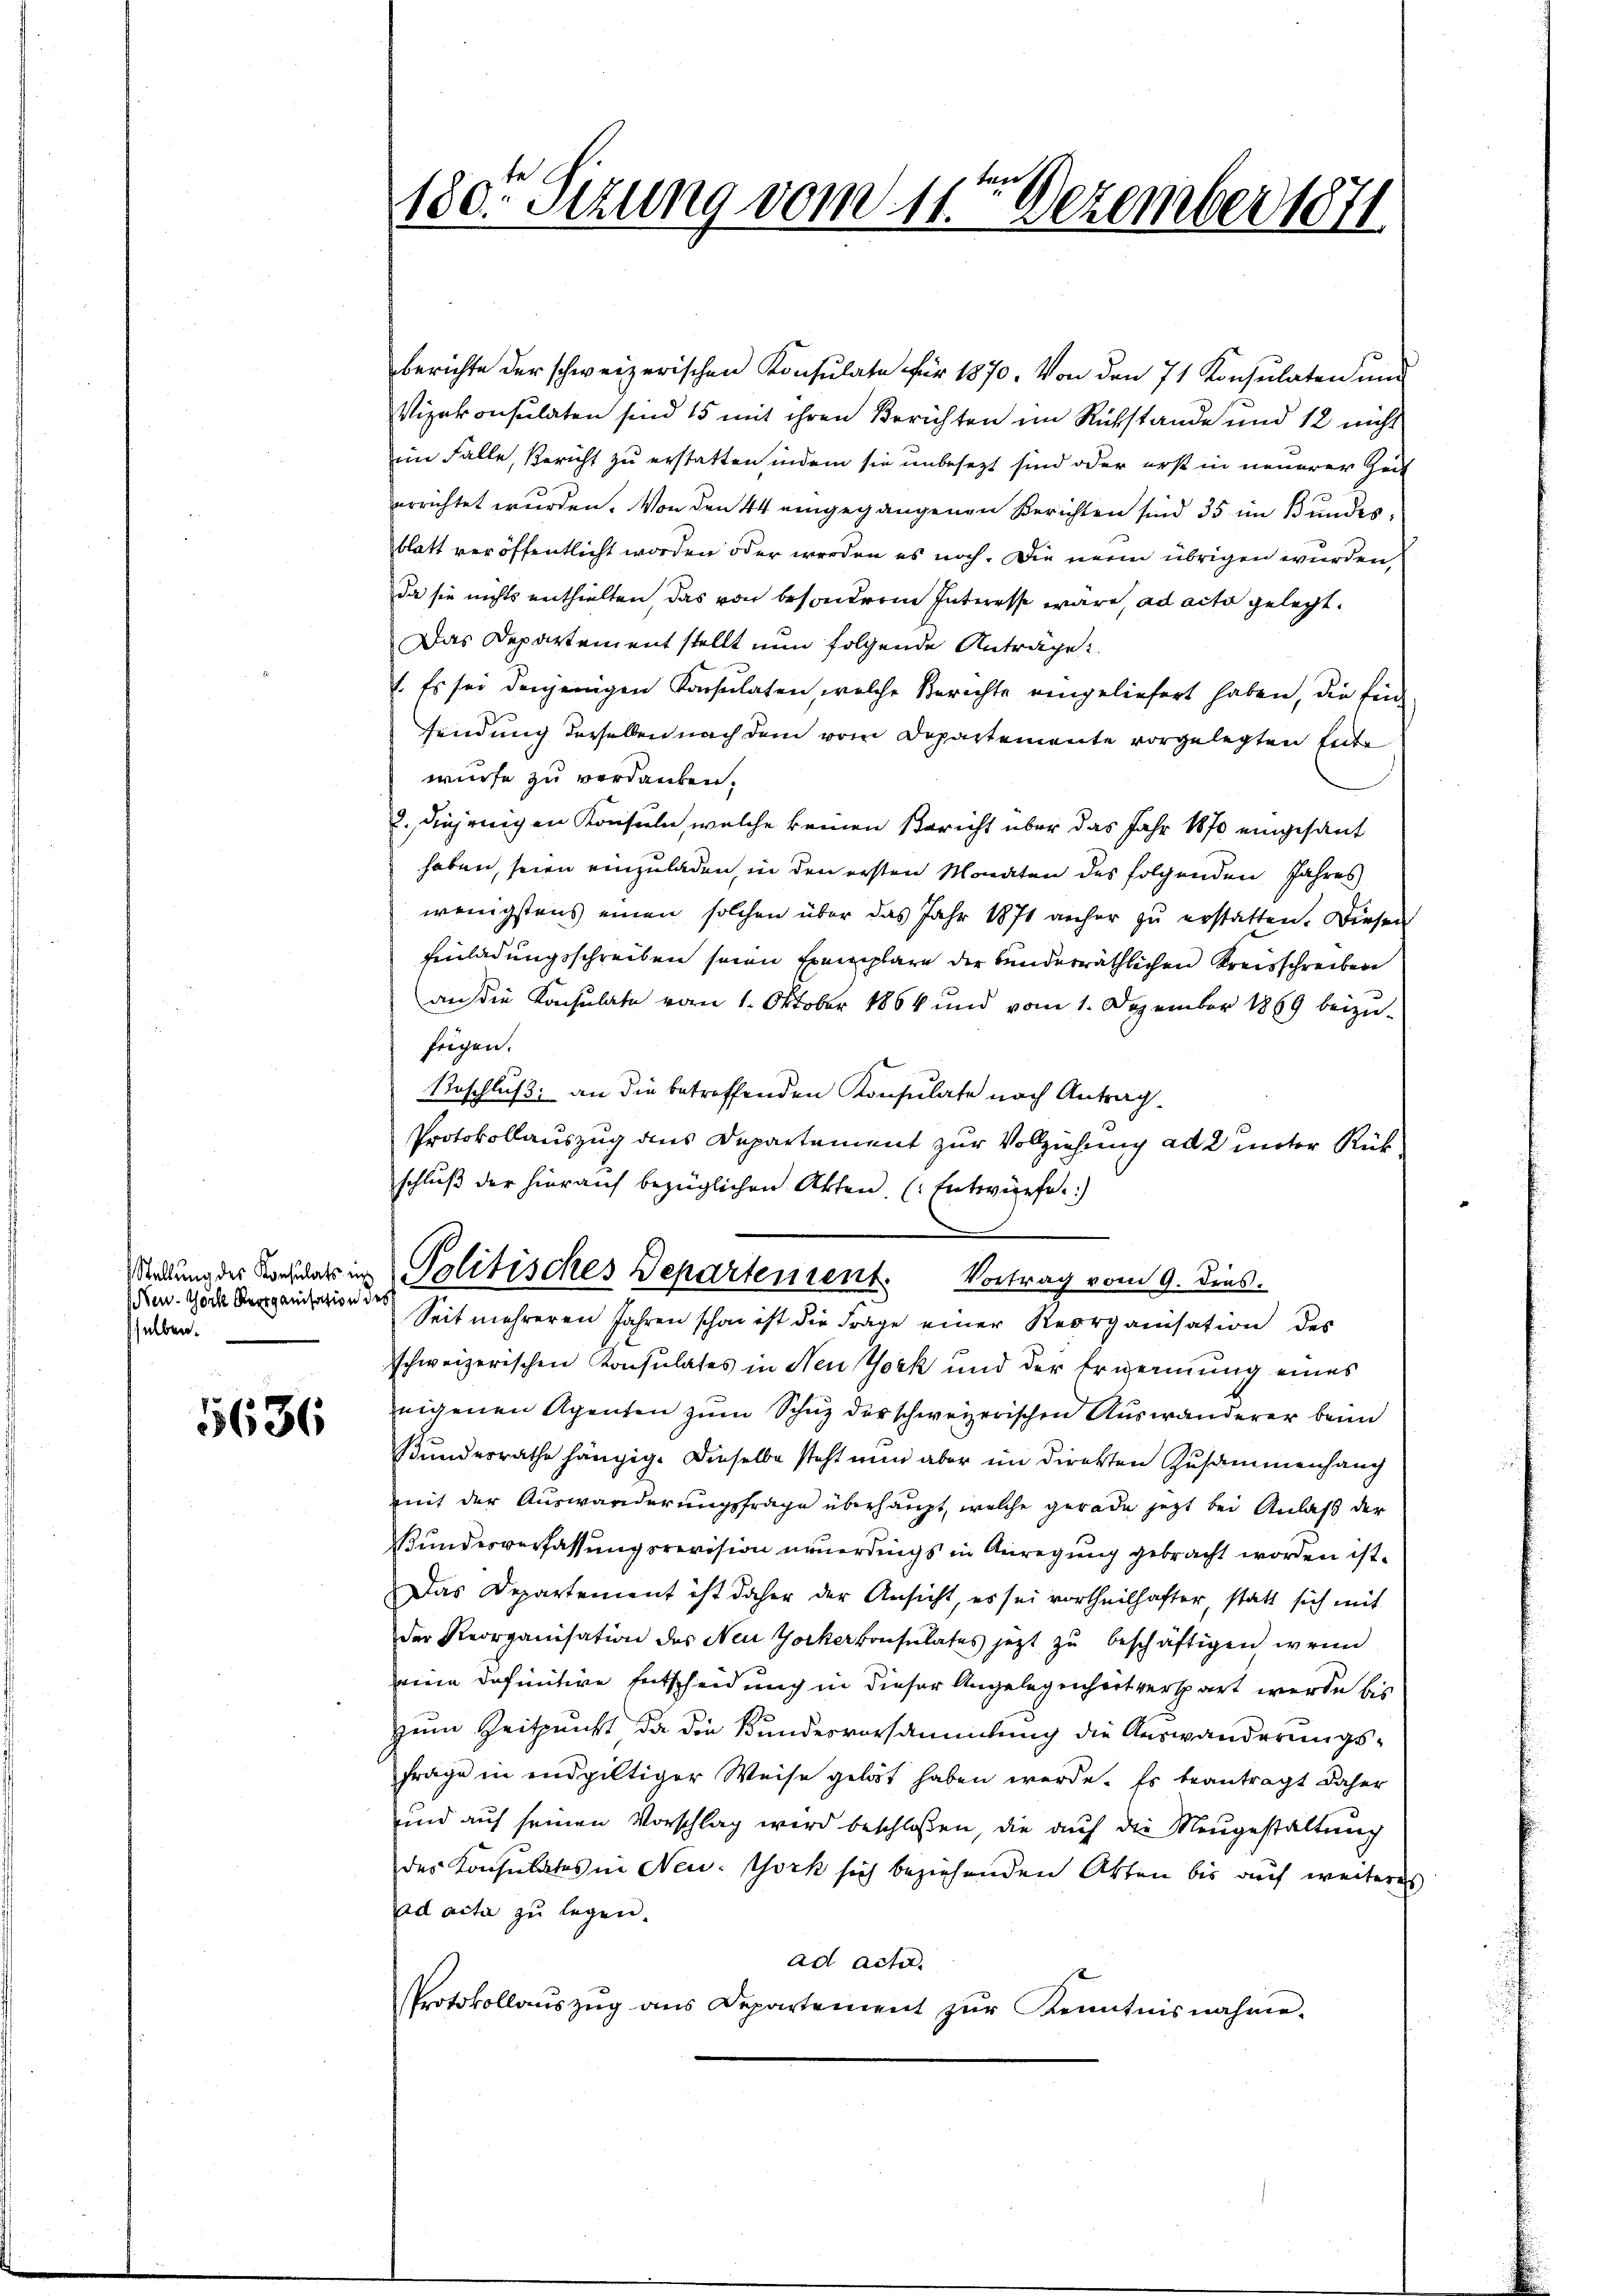
(Neu. Woche Reorganisation des
selben.

5636

180. Sizung vom 11ten Dezember 1871

berichte der schweizerischen Konsulate für 1870. Von den 71 Konsulaten und
Vizekonsulaten sind 15 mit ihren Berichten im Rückstände und 12 nicht
im Falle, Bericht zu erstatten, indem sie unbesezt sind oder erst in neuerer Zeit
errichtet wurden. Von den 44 eingegangenen Berichten sind 35 im Bundes:
blatt veröffentlicht worden oder werden es noch. Die neun übrigen wurden,
da sie nichts enthielten das von besondere Interesse wäre, ad acta gelegt.
Das Departement stellt nun folgende Anträge:
1. Es sei denjenigen Konsulaten, welche Berichte eingeliefert haben, die Eind
findung derselben nach dem vom Departemente vorgelegten Ente
würfe zu verdanken.
. diejenigen Konsuln, welche keinen Bericht über das Jahr 1870 eingesant
haben, seien einzuladen, in den ersten Monaten des folgenden Jahres
wenigstens einen solchen über das Jahr 1871 anher zu erstatten. Diesen
Einladungsschreiben seien Exemplare der bunderräthlichen Kreisschreiben
aus die Konsulate vom 1. Oktober 1864 und vom 1. Dezember 1869 beizufrigen.
Beschluß; an die betreffenden Konsulate nach Antrag.
Protokollauszug aus Departement zur Vollziehung ad 2 unter Rükschluß der hierauf bezüglichen Akten (Entwürfe.
e
Stellung der Konsdar in Politisches Departenrent. Vortrag vom 9. Dies-

Seit mehreren Jahren schon ist die Frage einer Reorganisation des

schweizerischen Konsulates in Neu York und der Erwernung eines
eigenen Agenten zum Schuz der schweizerischen Auswanderer beim
Bundesrathe hängig. Dieselbe steht nun aber im Direkten Zusammenhang
mit der Auswanderungsfrage überhaupt, welche gerade jetzt bei Anlaß der
Bundesverfassungsrevision neuerdings in Anregung gebracht worden ist.
Das Departement ist daher der Ansicht, es sei vortheilhafter, statt sich mit
der Reorganisation des Neu Yockerkonsulates jetzt zu beschäftigen, wenn
eine definitive Entscheidung in dieser Angelegenheit verspart werde bis
zum Zeitpunkt da die Bundesvorsammlung die Auswanderungsfrage in endgültiger Weise gelöst haben werde. Es beantragt daher
und auf seinen Vorschlag wird beschlossen, die auf die Neugestaltung
des Konsulates in New-York sich beziehenden Akten bis auf weiteres
ad acta zu legen.
ad Acta.
PProtokollaŭszŭg ans Departement zŭr Kenntnisnahme.